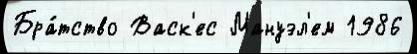
Бра́тство Васк'ес Мануэл'ем 1986